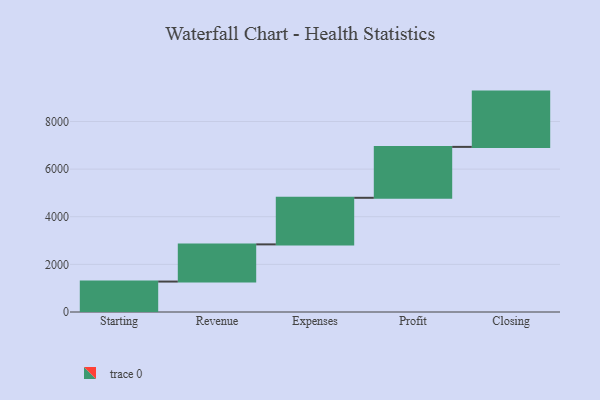
{"axis": {"x": "Step", "y": "Value"}, "legend": [""], "data": [{"x": "Starting", "y": 1278.0, "type": ""}, {"x": "Revenue", "y": 1561.0, "type": ""}, {"x": "Expenses", "y": 1956.0, "type": ""}, {"x": "Profit", "y": 2138.0, "type": ""}, {"x": "Closing", "y": 2321.0, "type": ""}]}